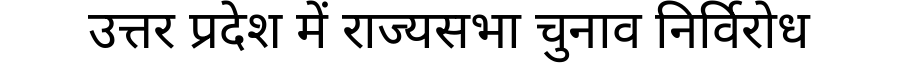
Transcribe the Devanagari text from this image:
उत्तर प्रदेश में राज्यसभा चुनाव निर्विरोध